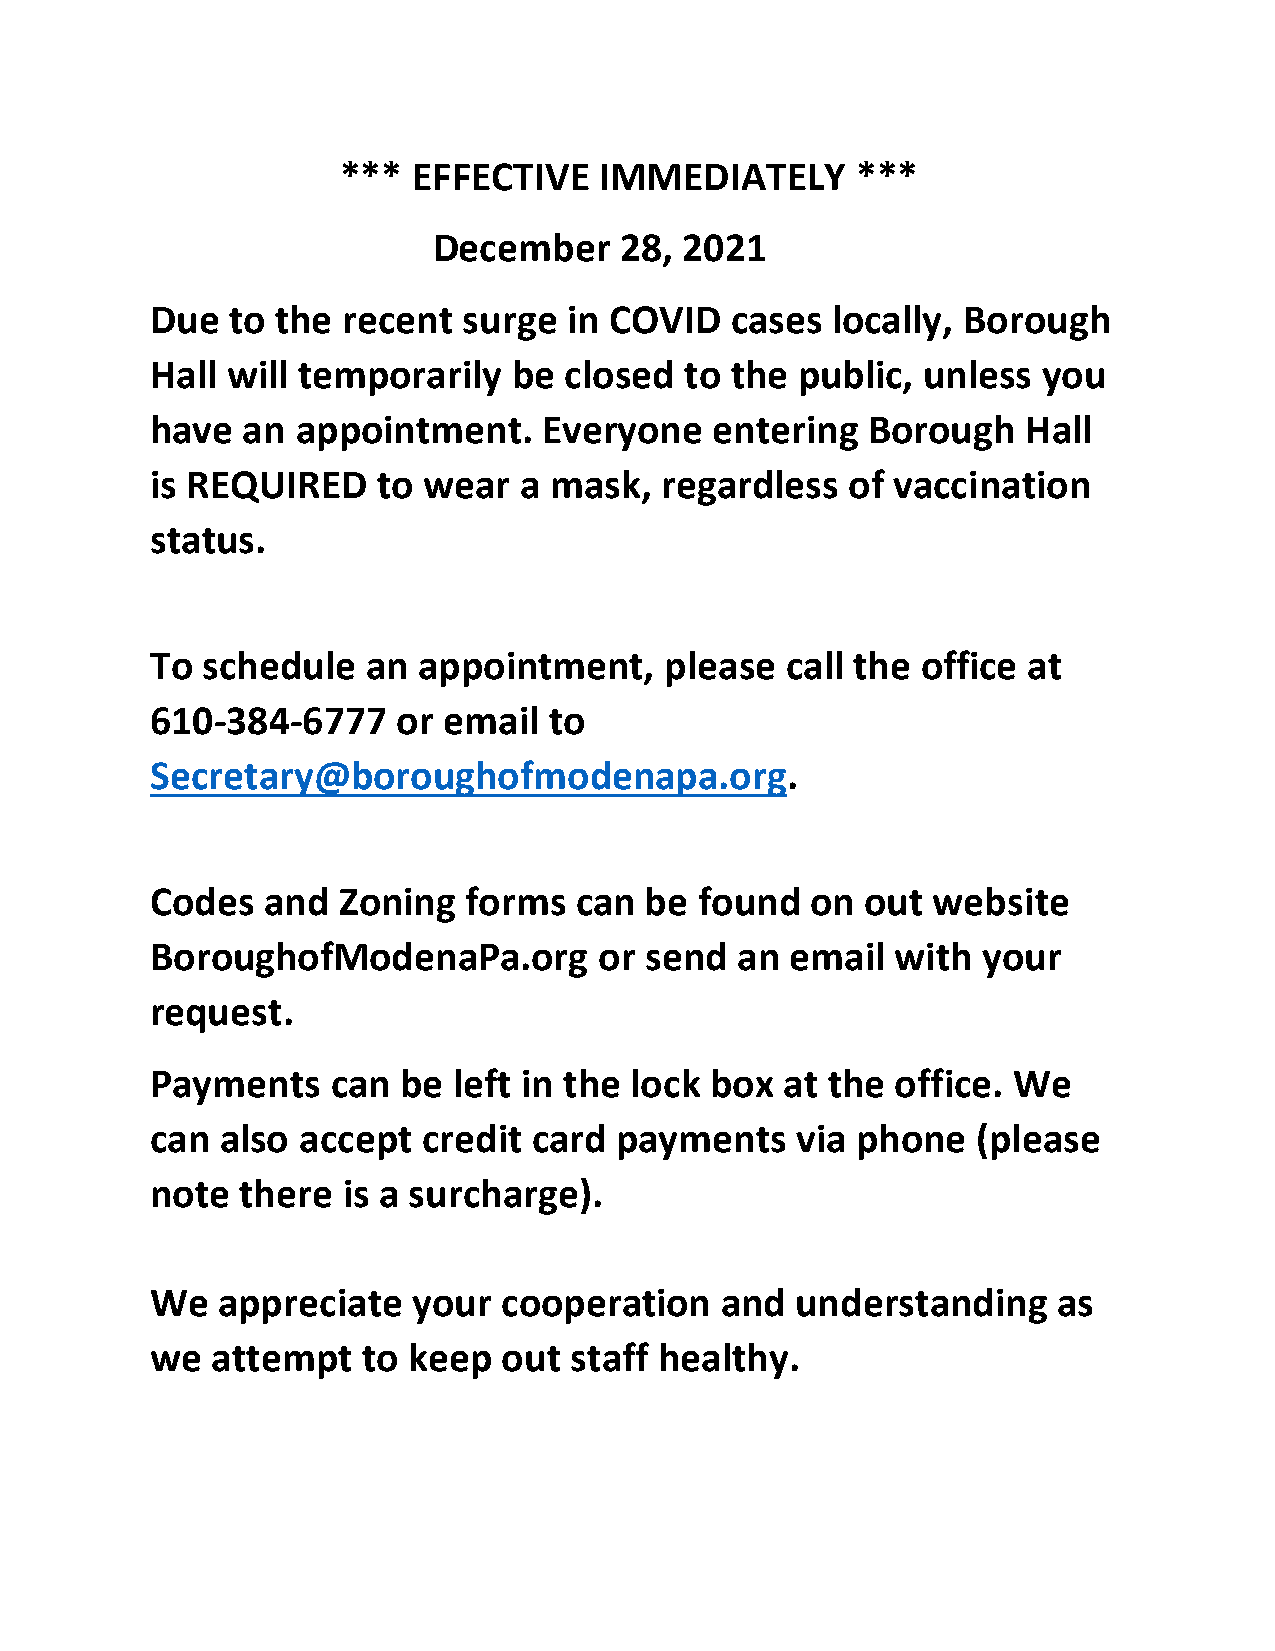
*** EFFECTIVE    IMMEDIATELY      ***
 December    28, 2021
 Due  to the  recent  surge  in COVID  cases  locally, Borough
 Hall will temporarily   be closed  to the  public, unless  you
 have  an  appointment.    Everyone   entering  Borough    Hall
 is REQUIRED    to wear  a mask,   regardless  of vaccination
 status.
 To schedule   an  appointment,    please  call the office at
 610-384-6777    or email  to
 Secretary@boroughofmodenapa.org.
 Codes  and  Zoning   forms  can  be found   on out  website
 BoroughofModenaPa.org         or send  an email  with  your
 request.
 Payments    can be  left in the lock box  at the office. We
 can  also accept  credit card  payments    via phone   (please
 note  there  is a surcharge).
 We  appreciate   your  cooperation    and  understanding    as
 we  attempt   to keep  out  staff healthy.